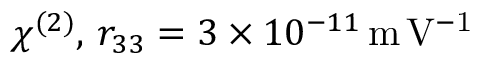
\chi ^ { ( 2 ) } , \, r _ { 3 3 } = 3 \times 1 0 ^ { - 1 1 } \mathrm { \, m \, V ^ { - 1 } }